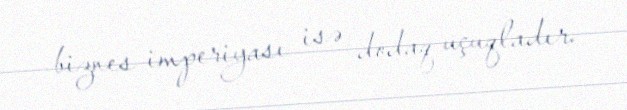
biznes imperiyası isə dodaq uçuqladır.